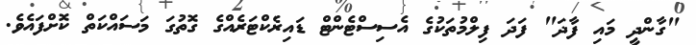
"ގާންދީ މައި ފާދަ" ފަދަ ފިލްމުތަކުގެ އެސިސްޓެންޓް ޑައިރެކްޓަރެއްގެ ގޮތުގަ މަސައްކަތް ކޮށްފައެވެ.